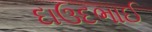
દાઉદભાઈ